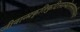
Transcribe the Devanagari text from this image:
जीवान्प्रकृतिकुटिलान्घोरसंसारसिन्धो